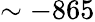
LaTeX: \sim-865